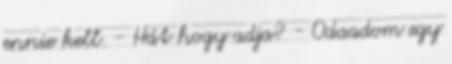
ennie kell. - Hát hogy adja? - Odaadom egy